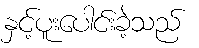
နှင့်ပူးပေါင်းခဲ့သည်